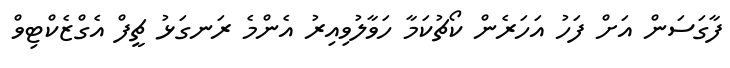
ފާގަސަން އަށް ފަހު އަހަރެން ކޯޗުކަމާ ހަވާލުވިއިރު އެންމެ ރަނގަޅު ޗީފް އެގްޒެކްޓިވް